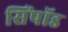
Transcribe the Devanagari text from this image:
सिंपॉड